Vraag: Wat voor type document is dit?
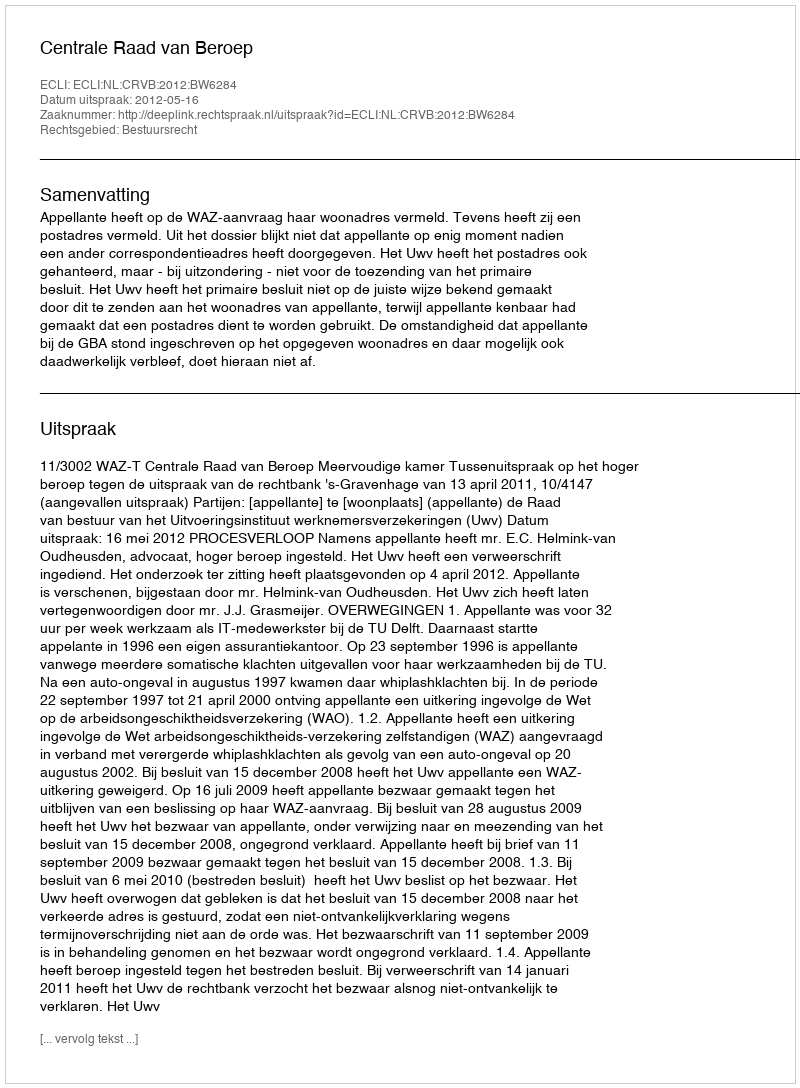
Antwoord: Uitspraak